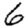
Digit: 6